Leningradi_Edasi_toimetus, lk 152
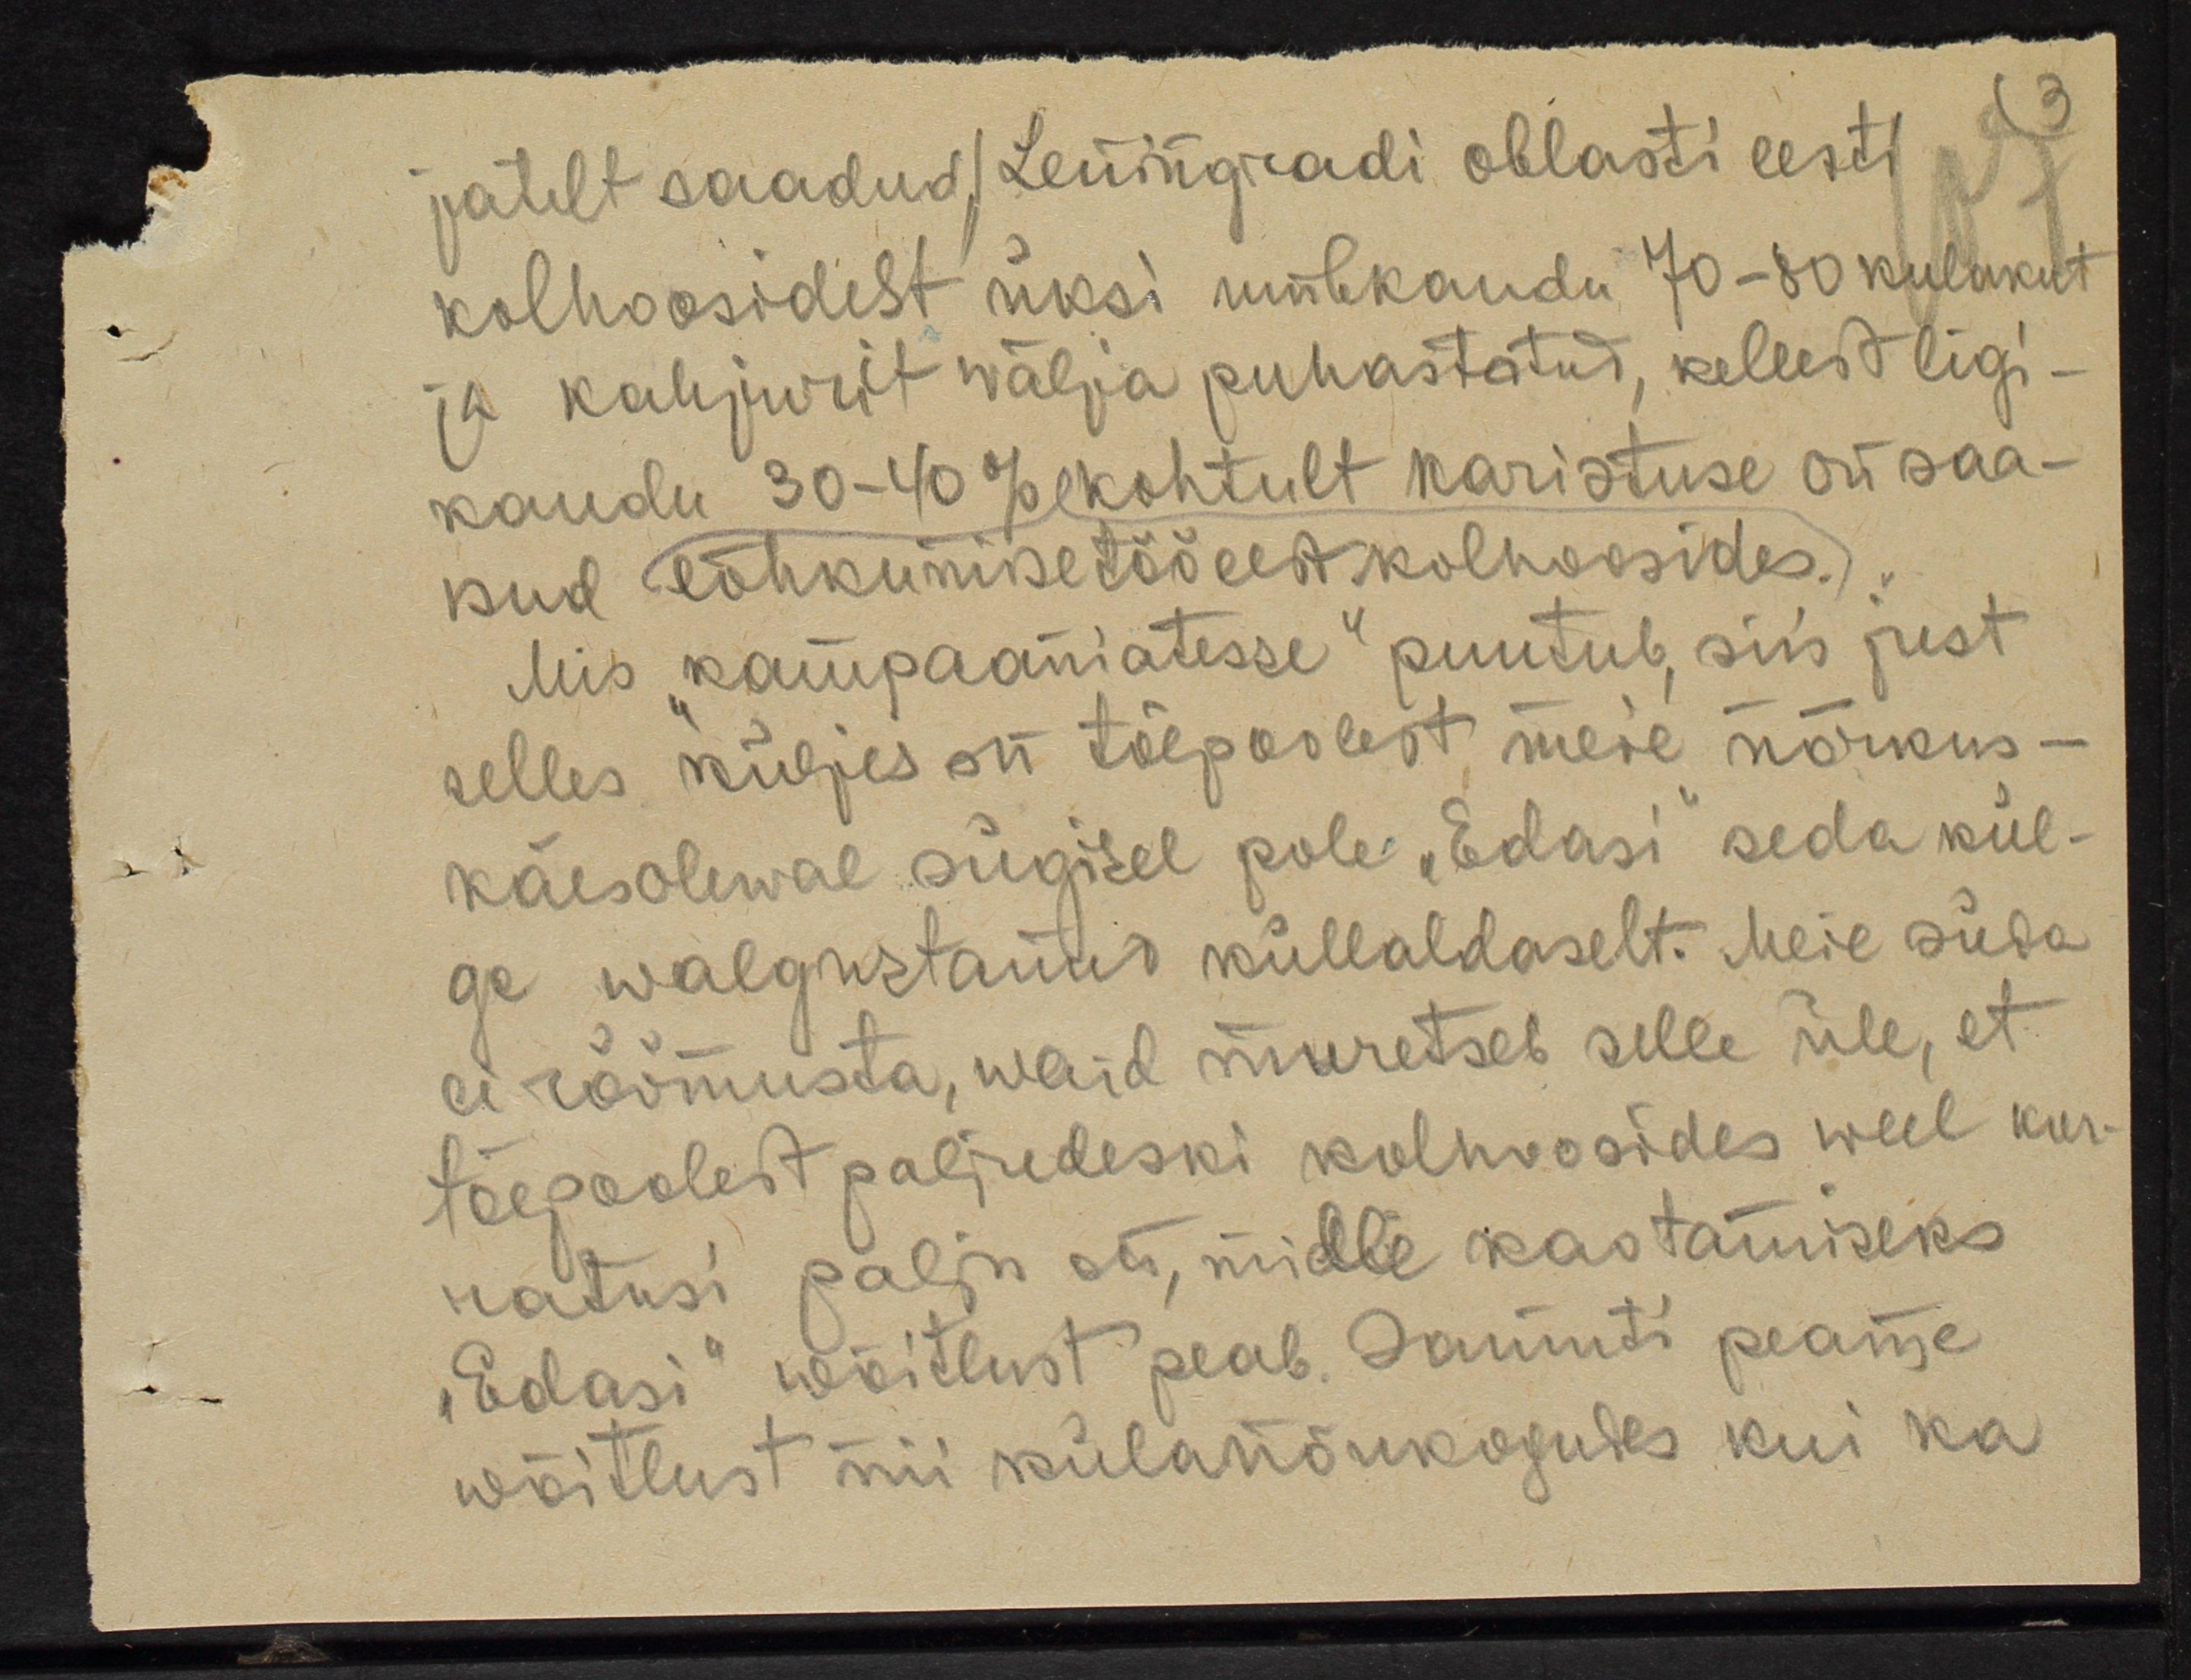
jatelt saadud) Leiningradi oblasti eesti
kolhoosidest üksi umbkaudu 70-80 kulakut
ja kahjurit wälja puhastatud, kellest ligi-
kaudu 30-40 % kohtult karistuse on saa-
nud lõhkumisetöö eest kolhoosides.
Mis kampaaniatesse puutub, siis just
selles küljes on tõepoolest meie nõrkus -
käesolewal sügisel pole "Edasi" seda kül-
ge walgustanud küllaldaselt. Meie süda
ei rõõmusta, waid muretseb selle üle, et
tõepoolest paljudeski kolhoosides weel kor-
ratusi palju on, mille kastamiseks
"Edasi" wõitlust peab. Samuti peame,
wõitlust nii külanõukogudes kui ka